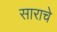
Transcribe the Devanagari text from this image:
साराचे